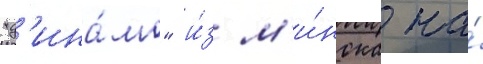
"д'ина́мо" и́з м'и́нска на́